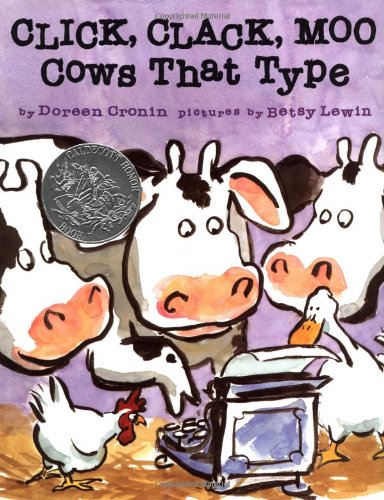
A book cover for Click, Clack, Moo Cows That Type; Doreen Cronin; Children's Books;